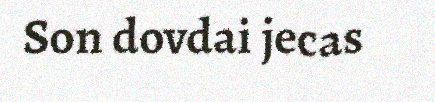
Son dovdai jecas